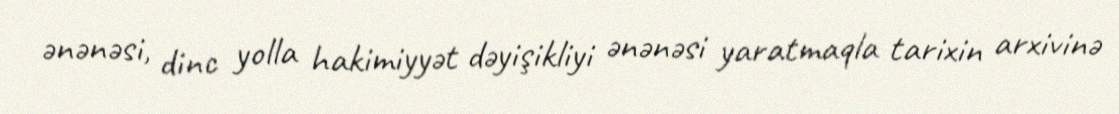
ənənəsi, dinc yolla hakimiyyət dəyişikliyi ənənəsi yaratmaqla tarixin arxivinə